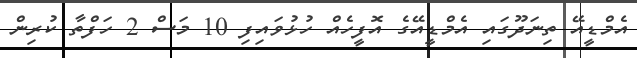
އެމްޑީއޭ ތިނަދޫގައި އެމްޑީއޭގެ އޮފީހެއް ހުޅުވައިފި 10 މަސް 2 ހަފްތާ ކުރިން